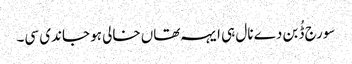
سورج ڈُبن دے نال ہی ایہہ تھاں خالی ہو جاندی سی۔